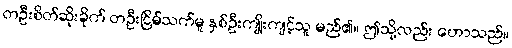
တဦးစိတ်ဆိုးခိုက် တဦးငြိမ်သက်မူ နှစ်ဦးကျိုးကျင့်သူ မည်၏။ ဤသို့လည်း ဟောသည်။